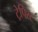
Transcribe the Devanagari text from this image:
ट्रेपिस्ट